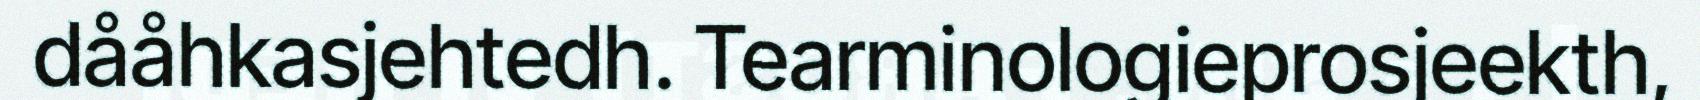
dååhkasjehtedh. Tearminologieprosjeekth,